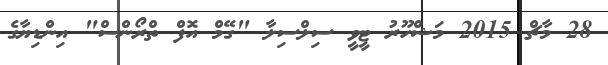
28 މާޗް 2015 މަޝްހޫރު ޓީވީ ސިލްސިލާ "ގޭމް އޮފް ތްރޯންސް" އިންޑިޔާގެ